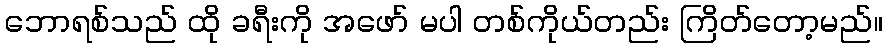
ဘောရစ်သည် ထို ခရီးကို အဖော် မပါ တစ်ကိုယ်တည်း ကြိတ်တော့မည်။